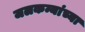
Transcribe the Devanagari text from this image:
जलकन्यांच्या